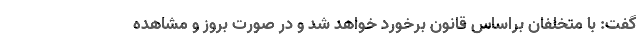
گفت: با متخلفان براساس قانون برخورد خواهد شد و در صورت بروز و مشاهده